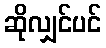
ဆိုလျှင်ပင်